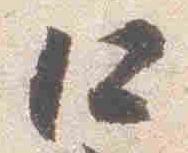
仁